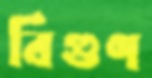
বিগুণ